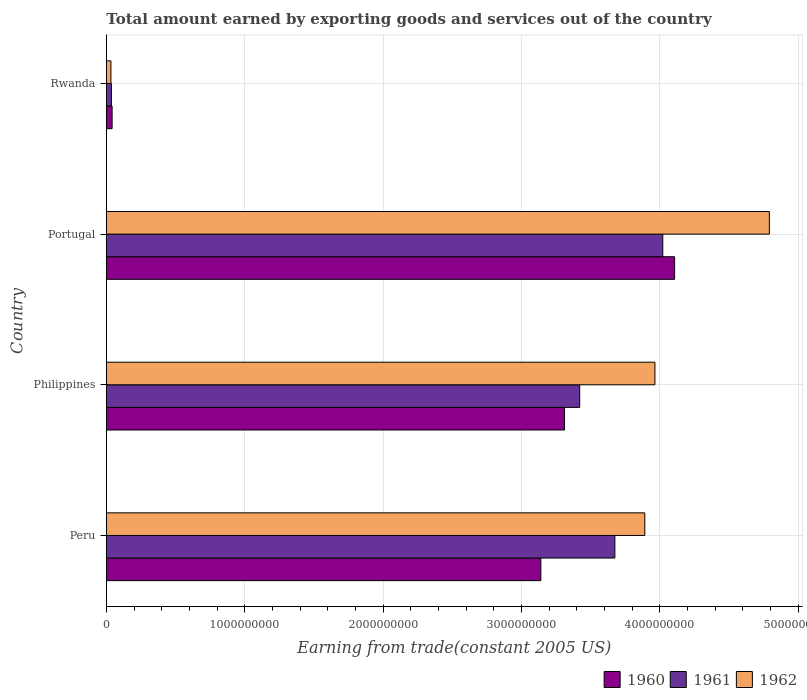
| Country | 1960 | 1961 | 1962 |
 | --- | --- | --- | --- |
 | Peru | 3.14e+09 | 3.68e+09 | 3.89e+09 |
 | Philippines | 3.31e+09 | 3.42e+09 | 3.97e+09 |
 | Portugal | 4.11e+09 | 4.02e+09 | 4.79e+09 |
 | Rwanda | 4.18e+07 | 3.69e+07 | 3.32e+07 |